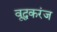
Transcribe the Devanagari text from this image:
वृद्धकरंज